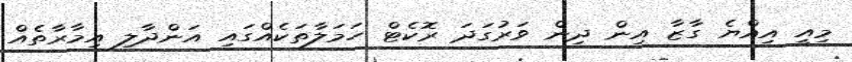
މިއީ އިއްޔެ ގާޒާ އިން ދިން ވަރުގަދަ ރޮކެޓް ހަމަލާތަކެއްގައި އަންދާލި އިމާރާތެއް